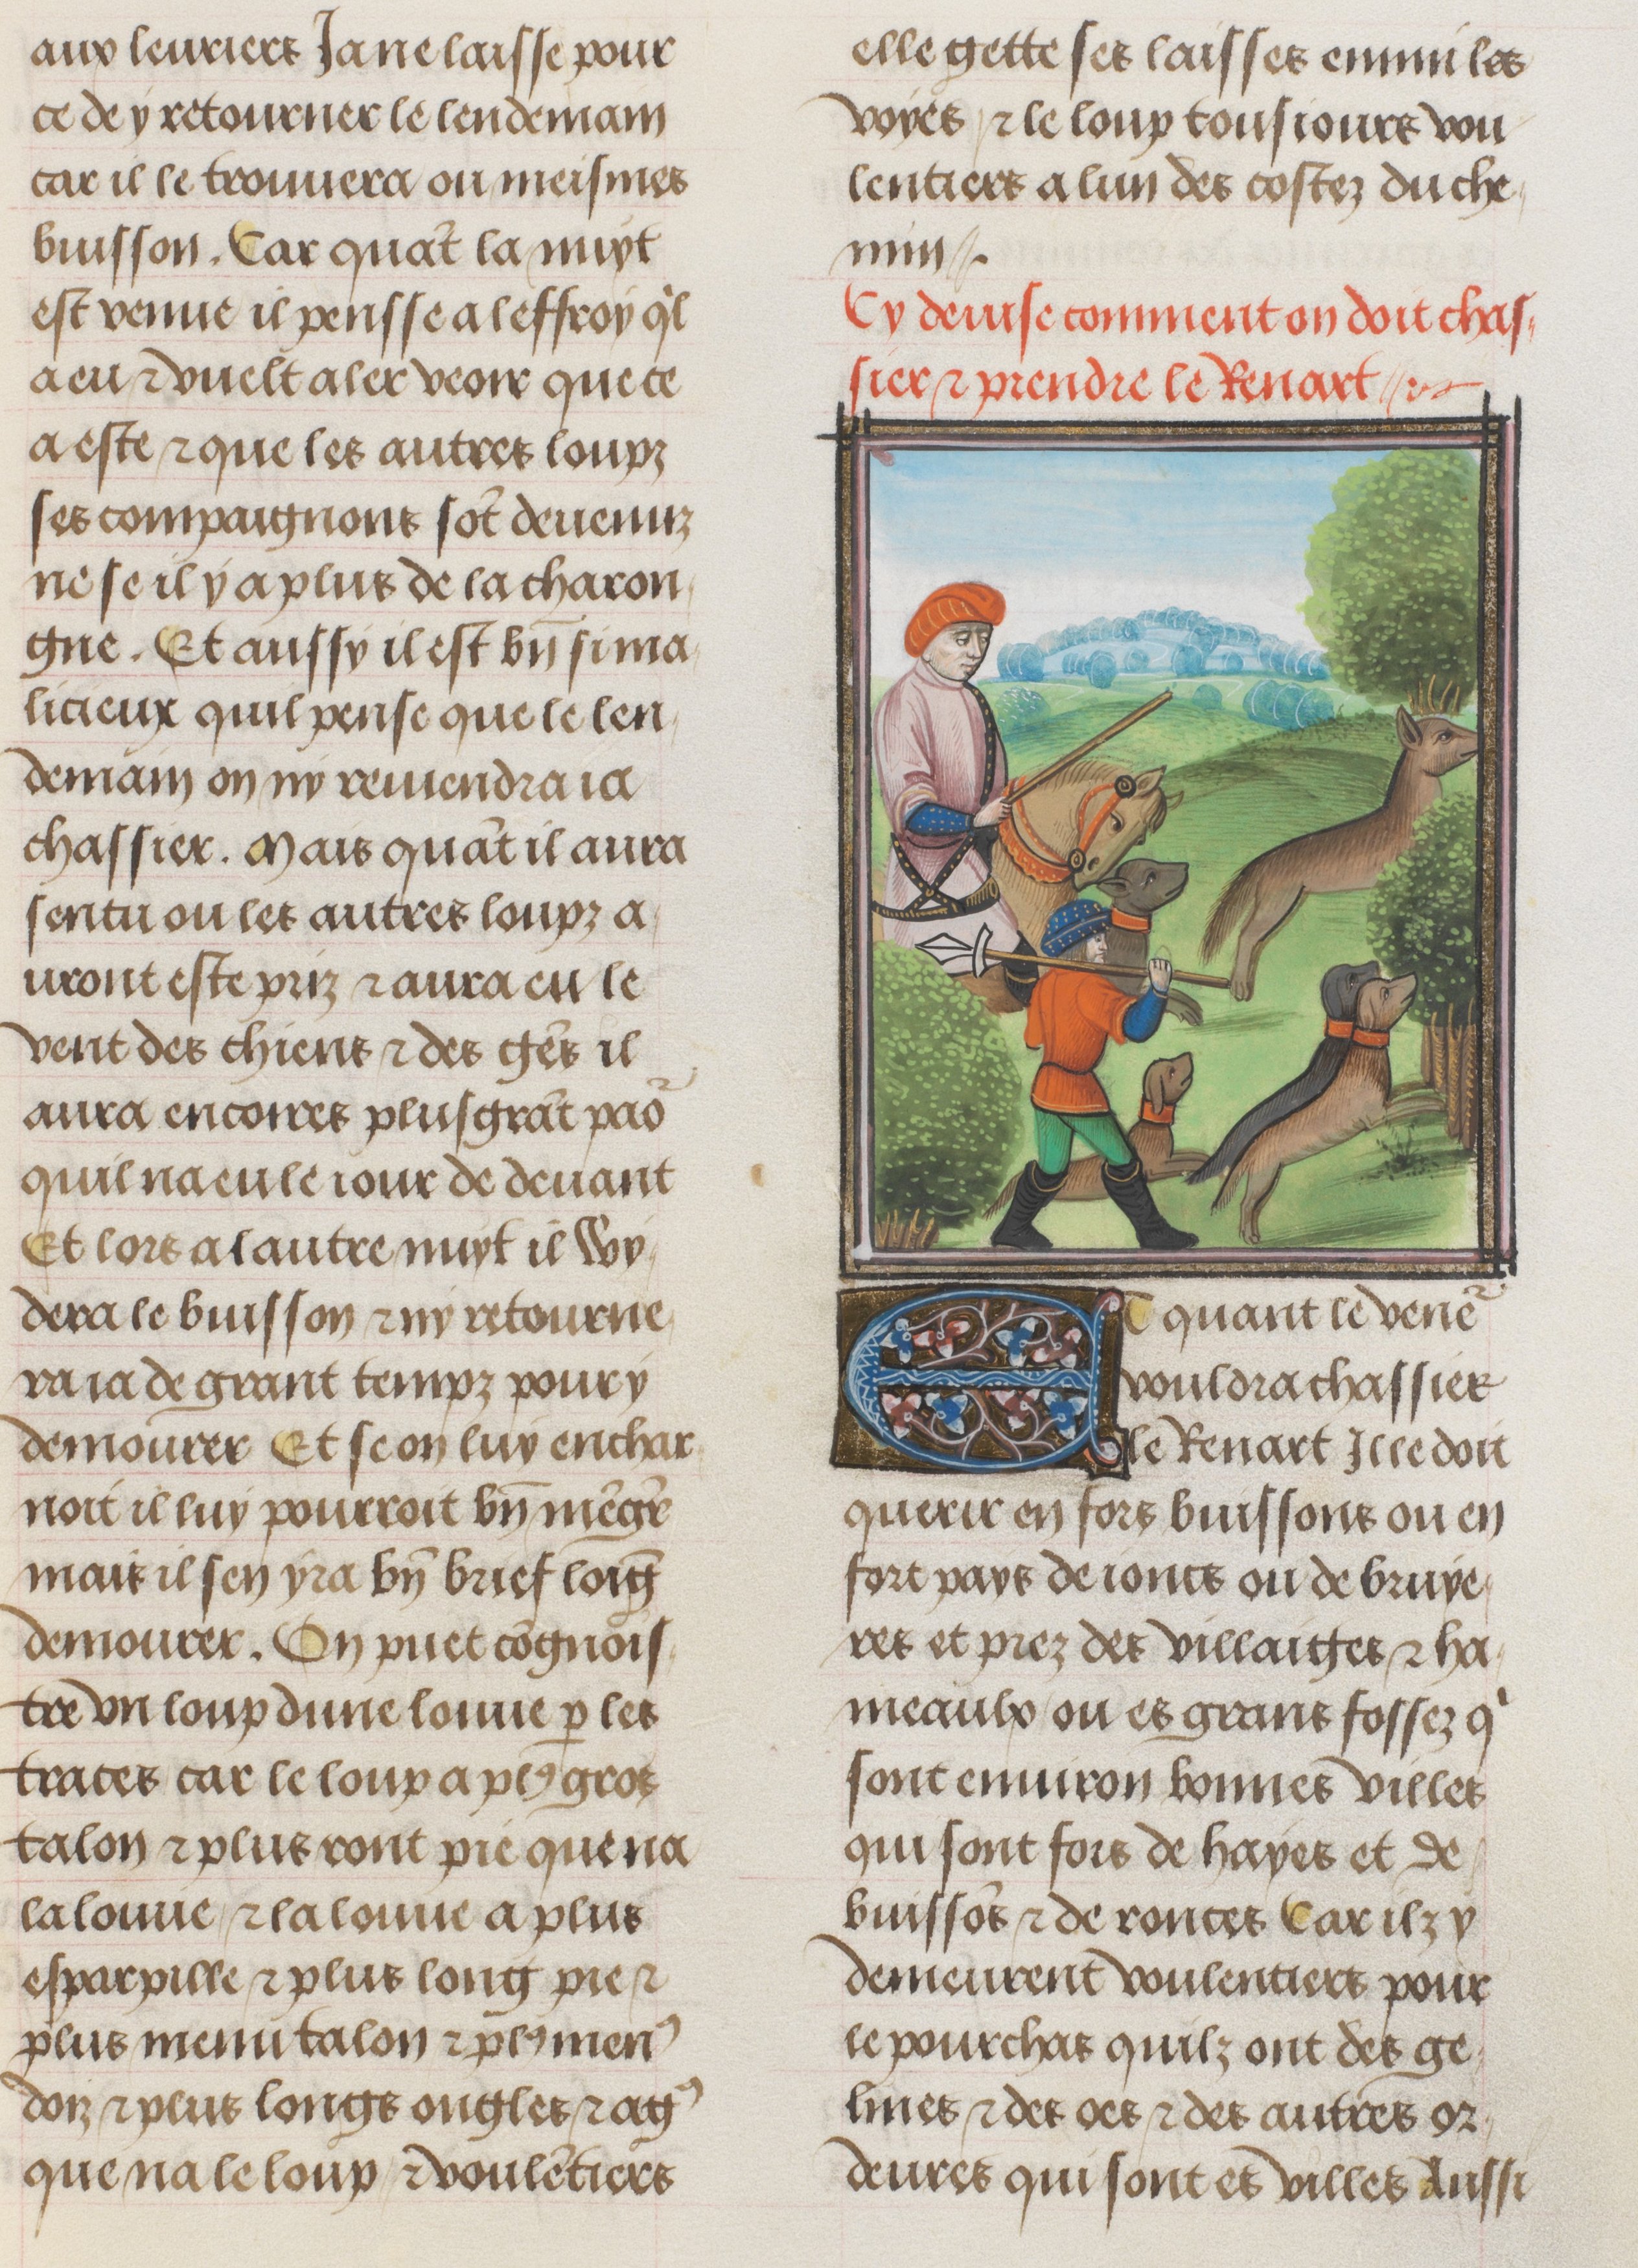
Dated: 1470–1500